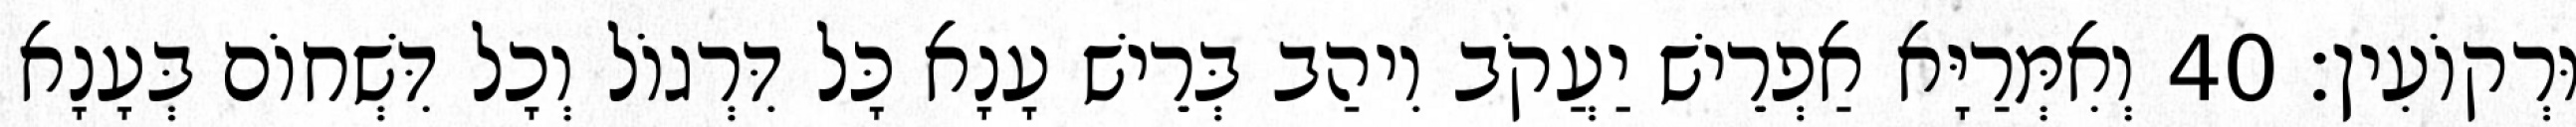
וּרְקוֹעִין׃ 40 וְאִמְּרַיָּא אַפְרֵישׁ יַעֲקֹב וִיהַב בְּרֵישׁ עָנָא כָּל דִּרְגוֹל וְכָל דִּשְׁחוֹם בְּעָנָא